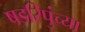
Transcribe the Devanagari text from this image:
षडरिपुंच्या